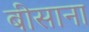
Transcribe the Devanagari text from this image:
बीसाना